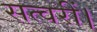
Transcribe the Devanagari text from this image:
सत्वरीं।